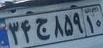
۳۴ج۸۵۹۱۰